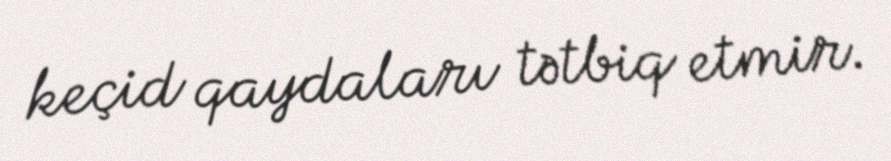
keçid qaydaları tətbiq etmir.